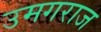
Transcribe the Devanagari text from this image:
उमगराज